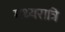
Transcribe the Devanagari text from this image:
मध्‍यरात्रि